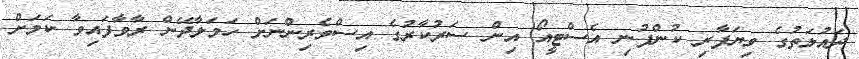
ދައުލަތުގެ ވިޔަފާރި ކުންފުނި އެސްޓީއޯ އިން ސަރުކާރުގެ އިސްވެރިންނަށް ހަމަލާދޭން ރާވާފައިވާ ކަމަށް